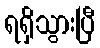
ရရှိသွားပြီ